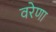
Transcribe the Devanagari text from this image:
वरेणा